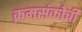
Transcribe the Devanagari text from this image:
क्रमसंकोची